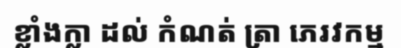
ខ្លាំងក្លា ដល់ កំណត់ ត្រា ភេរវកម្ម